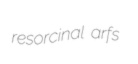
resorcinal arfs